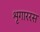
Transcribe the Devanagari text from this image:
शृगाररस